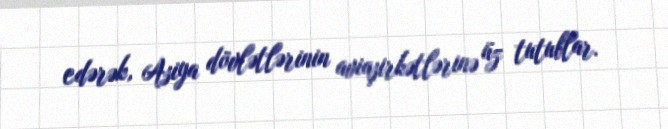
edərək, Asiya dövlətlərinin aviaşirkətlərinə üz tutublar.